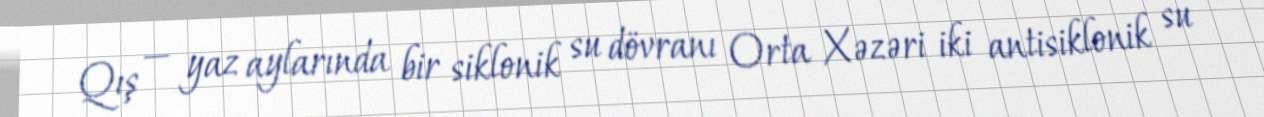
Qış — yaz aylarında bir siklonik su dövranı Orta Xəzəri iki antisiklonik su